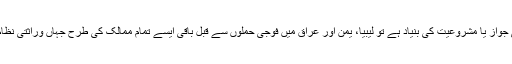
اگر یہ مان لیا جائے کہ انجام شدہ عمل کسی کے قانونی جواز یا مشروعیت کی بنیاد ہے تو لیبیا، یمن اور عراق میں فوجی حملوں سے قبل باقی ایسے تمام ممالک کی طرح جہاں وراثتی نظام حکومت برسراقتدار ہے، قانونی حکمران موجود تھے۔